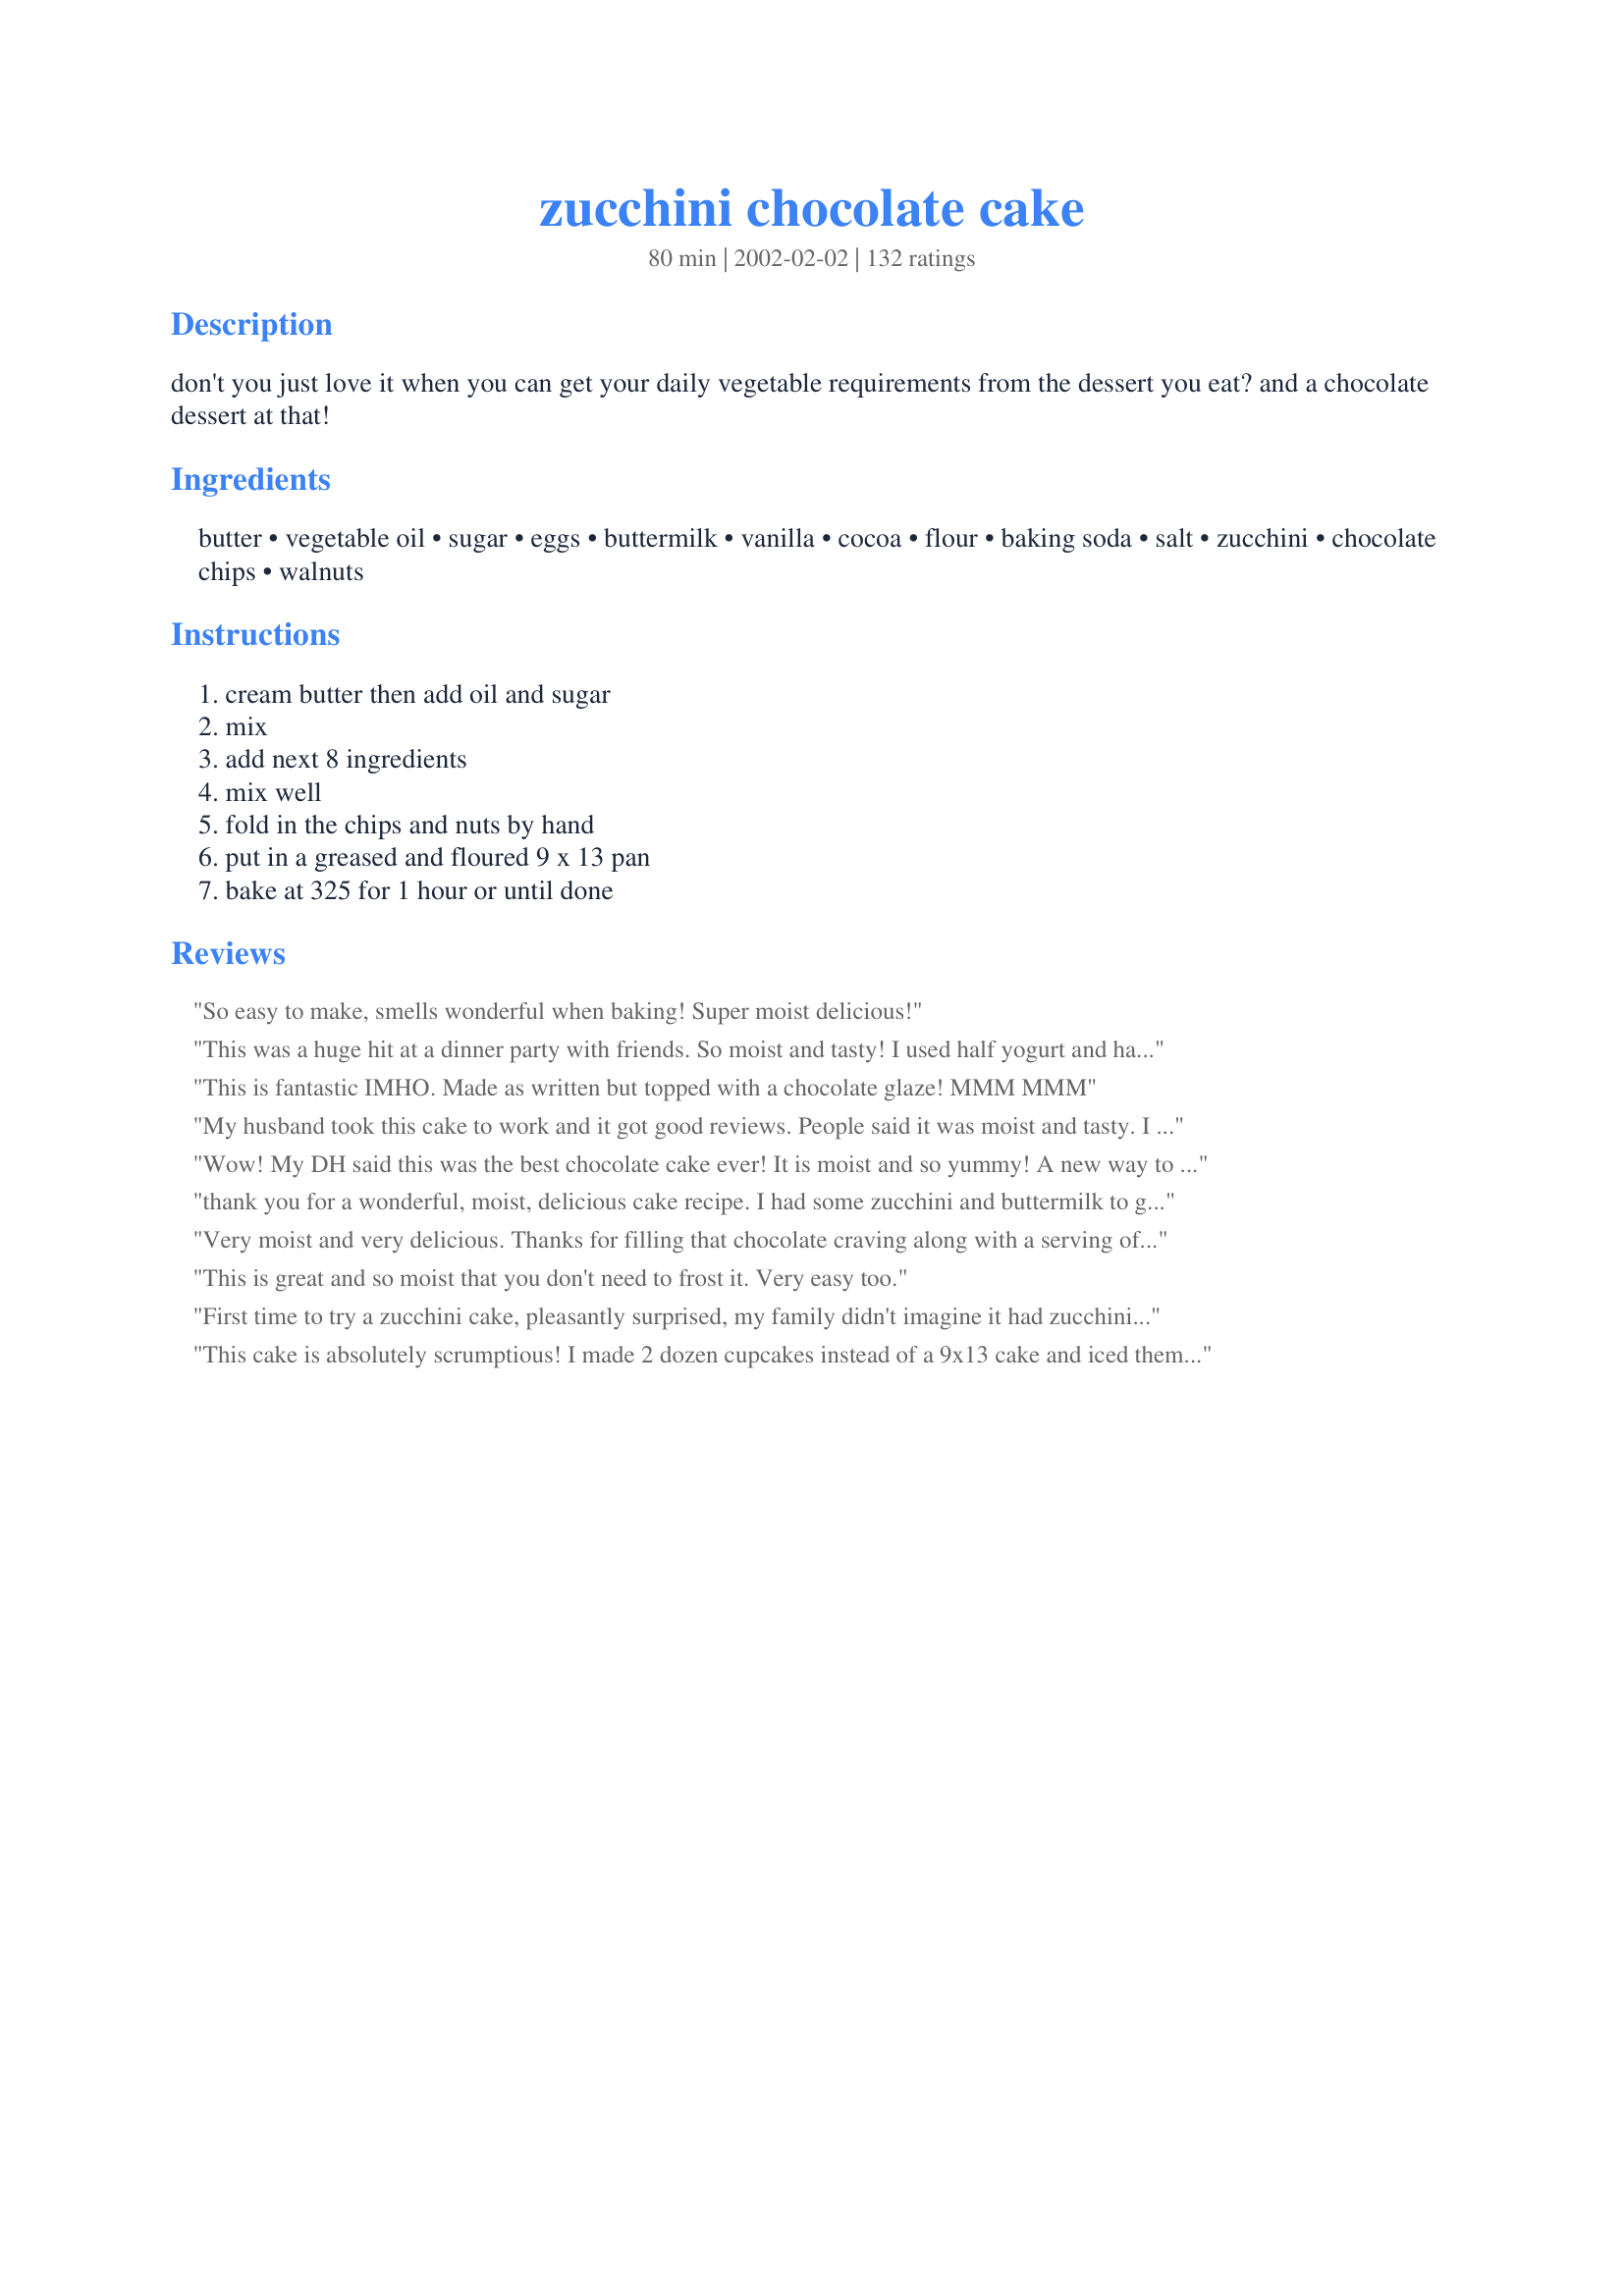
zucchini chocolate cake
Preparation time: 80 minutes

don't you just love it when you can get your daily vegetable requirements from the dessert you eat? and a chocolate dessert at that!

Ingredients:
butter, vegetable oil, sugar, eggs, buttermilk, vanilla, cocoa, flour, baking soda, salt, zucchini, chocolate chips, walnuts

Steps:
cream butter then add oil and sugar, mix, add next 8 ingredients, mix well, fold in the chips and nuts by hand, put in a greased and floured 9 x 13 pan, bake at 325 for 1 hour or until done

Reviews:
So easy to make, smells wonderful when baking! Super moist delicious!
This was a huge hit at a dinner party with friends. So moist and tasty! I used half yogurt and half milk, as I did not have buttermilk. Definitely a keeper! I don't know why I can't get the stars to work, this is worth 5 stars, at least!!
This is fantastic IMHO. Made as written but topped with a chocolate glaze! MMM MMM
My husband took this cake to work and it got good reviews. People said it was moist and tasty. I think it could probably use more cocoa, however.
Wow! My DH said this was the best chocolate cake ever! It is moist and so yummy! A new way to get veggies into my family. I don't feel as bad about treats when they have zucchini in them!
thank you for a wonderful, moist, delicious cake recipe. I had some zucchini and buttermilk to get rid of; this was a great way to do it.
Mary
Very moist and very delicious. Thanks for filling that chocolate craving along with a serving of veggies!
This is great and so moist that you don't need to frost it. Very easy too.
First time to try a zucchini cake, pleasantly surprised, my family didn't imagine it had zucchini in it, great to enjoy a treat without the guilt. Thanks a lot for sharing this one
This cake is absolutely scrumptious! I made 2 dozen cupcakes instead of a 9x13 cake and iced them with chocolate crm. cheese frosting (see my recipe if you'd like) and garnished them with chopped walnuts. My 5 year old loved them and I felt good knowing he's getting veggies!
I add cinnamon and replace the butter and oil with aplesauce. Just fantastic.
This was just ok for me... It seemed dense and dry.. I did make a couple of changes. Added another 1/4 cup of cocoa powder and sub applesauce for the oil. I also did not add nuts. I don't know if that is what made it dry since a lot of the other reviews said theirs came out moist but I probably won't make it again
Kids got a free baseball bat-sized zucchini and wanted zucchini chocolate cake. This was excellent. Left the nuts out and frosted with chocolate frosting.
This is a fantastic cake. I cooked two for work and everyone loved it and I found it hard to stay away from myself. I used apple sauce instead of the oil and it worked a treat. Thanks for sharing this recipe. It's one I'll use often
I followed the recipe exactly and the cake turned out very bitter. Also, I did not appreciated the view of green pieces of zucchini in my cake.
Belated ranking from Sept/02 but had lots stars posted all over it so definitely a keeper.
YES!! (pumping fist)
this cake was wonderful.Followed recipe just as posted and made 2 cakes. I frosted one with chocolate cream cheese frosting and left the other plain. both cakes were gone in 2 days. My 15 yr. old son hates any green vegetable so I didn't tell him there was zucchini in this cake. he took some to his friends house and between them I think they ate half the cake I did tell him later it was zucchini cake ...
My kids and husband are eating vegetables, and asking for seconds, does it get any better than that? I served with ganache, and it was delicious. Thanks!
It's even better than how everyone has described it! ;) Thank you.
I made this this morning and it was gone by supper time. I used applesauce in place of the oil and used milk chocolate chips. I left out the nuts as my family does not care for them in cakes. This is almost too easy to make. It is rich and moist. I baked in my convection oven and it was done about 36 minutes. Thanks for the recipe.
Super moist and oh so good. I made it just as the recipe stated except for the walnuts. My family does not care for walnuts. The 2nd time I made it, I used applesauce instead od the oil. UUUMMM Good. No need for icing on this cake. This recipe is a keeper. Thanks for a great recipe and another way to use up the Zucchini.
I followed the directions and baked it for 1 hour, but I thought it was on the dry side and just OK. Sorry!
It is a simple recipe and it turned up really good. My 19 months old had 4 of them before before to bed and I bake them in mini muffins tray.
This was great! Just like how my mom made it for us in my childhood. Thanks for the easy & yummy recipe!!
Yum! Moist & delicious--and not too sweet. Be sure to grease the pan, though. We'll make this one again.
Loved it! I didn't change a thing and there isn't even one little piece left! Thanks!
This was great! I was looking for a new recipe to use up zucchini and needed to make a dish for a potluck. This was just the thing. It was gone in no time. Since then, I've made it 2 more times, each time it disappears quickly. Thanks for a good recipe.
This is a keeper...for sure! I took the advice of others and used applesauce and 1 TBSP of oil. I used buttermilk with mine also. The cake is very moist. I did squeeze out as much liquid as possible from the zucchini after I shredded it. You really can't tell there is zucchini in the cake. It's very good. I was tempted to put an entire bag of chocolate chips in the mix but I followed the recipe and was glad I did. It's just the right amount of chips! Can't wait to make this for my vegetarian grandkids!
Good but a little dry to me. I did love the chocolate chips! I actually think these would be good as a muffin.
I made this cake months ago and never reviewed it. It was delicious my only complaint was with the frosting I made for the top. Next time I will try frosting that is a tad less sweet or maybe no frosting at all
This is an excellent recipe. I make it for my kids to sneak in extra veggies. I usually do not add the choc chips or nuts, just top with a little whipped cream. 
They love it !!
My husband was hankerin' for a piece of chocolate cake so I whipped this one up for him. He never knew that I put zucchini in it! I did put a chocolate frosting on it(sweet tooth). Thanks for a yummy cake!
Out of all the Zucchini Chocolate Cake recipes, this was the one I chose and I'm glad I did (and so was my husband). Very good, moist cake. I changed a few things: first spray & flour the pan, whenever a cake mix asks for oil I liquify the same amount of bananas, in this case I used 3/4 cup bananas plus 1/4 cup oil. Could use 50/50.(Try it, you'll be glad you did)also used 3 eggs because I had so many, and I used whole wheat and unbleached flour combined. Thank you for this recipe, will make it again. Vicky P.
Wonderful. Very moist. Some of my chocolate chips sank to the bottom of the pan, but it did not matter (I'd put in about twice what the recipe called for!). I was worried b/c the only buttermilk I could find was non-fat, but it worked out fine. Definitely a keeper recipe! Thanks so much.
Easy and delicious! My other half could not stop eating it......I only told him afterwards that it contained zucchini!!! (He's not usually one for mixing "vegetables with sweet things"!!)
This was good. The zucchini gave the flavor of the cake more depth than the avaerage chocolate cake and also helped to keep it moist. It was very dense.
Wonderful, moist, amazing! I had a hard time stopping at 3/4 cup chocolate chips, and decided to just add the whole bag - it was wonderful! It's actually better once it has cooled and the chocolate chips had solidified again. Also, MILK chocolate chips are a must - semi-sweet just doesn't do this cake justice! Thanks for a wonderful recipe I will be making again and again!
This cake is the best! I used applesauce instead of oil and made buttermilk with the vinegar and milk trick!
Delicious and will make again soon with all the zucchini I have this year!
This is a keeper. Omitted the nuts. I used grapeseed oil and used half milk and half yogurt instead of the buttermilk. Very moist and super delicious.
This surely worth trying! LOVE, LOVE, LOVE this cake! I've made it once and am getting ready to make it again!
Chocoalte cake with veggies....got to be good!!! Once the courgettes were finely grated the kids could'nt tell they were there!!! excellent results!
This is now My Favorite chocolate cake. I have tons of zucchini this year and I am gonna shread some up and put in the freezer just to have this cake all year round!!! I use vanilla pudding that is made with heavy wipping cream instead of milk! It is the PERFECT frosting for this!!!
Thank you for this AWESOME RECIPE!!!
Very, very good. This cake was moist and just the right amount of sweet. I added a cup of coconut and used pecans because I was out of walnuts. Next time, I will add frosting and this will be a nice version of German chocolate cake. Thanks for the great recipe!
My mom requested we try this for her birthday. I followed the recipe except for subbing in mini chips and leaving out the nuts. It was done in 56 minutes. It was moist, delicious, and everyone loved it. Thanks for this great recipe!!
Good snack cake. I didn't frost it, just sprinkled a little powdered sugar over the top. I used my 10" springform pan and it was just enough. Any smaller and we would have had disaster! I replaced the oil with applesauce, but kept the butter. I also used a touch more cocoa, but just because I wanted to use up the container. I didn't use nuts, so I sprinkled a few white chips in with the chocolate ones. It came out very nicely. The family was split on how they rated it. The men in the family gave this 10 plus stars. 2 of the girls gave it a yuck, and 2 of the girls gave it a 4. So it's got a 4. Thanks! :)
Made the correction of 3/4 cup cocoa and left out the chocolate chips and nuts. I also used palm sugar to make it healthier. I'm glad I greatly increased the cocoa was dark and delicious!<br/>Everything else was great very moist and lovely!!
I've made this cake twice in the past few days, and enjoyed by everyone that tried it. I halved the recipe and baked it in a 9" round pan. This took about 45 minutes to bake. As others have done, I replaced most of the oil with unsweetened apple sauce and for the buttermilk I had to mix milk and lemon juice, but these changes didn't affect the cake.
I like Zucchini bread/muffins so I thought I would try Chocolate. I made cup cakes. My husband & I didn't think it was anything special. My 1 year old like it I let him eat part of one minus the chocolate chips since in all of them the choc-chips fell to the bottom & were stuck to the wraper. It tasted to much like Zucchini which in a choclate cup cake wasn't a good thing to us. It would have been better if the choclate chips stayed in the middle. I brought them to my work since we didn't like them a couple people had one & said they were good but no one went for a 2nd & several days later they are still in my work fridge.
This is an excellent moist cake. I made it with chocolate chips but omitted the walnuts because some family members don't like them. I used a chocolate butter cream icing for the top. I trucked it 4 1/2 hours away from home and kept it in the fridge for two days till all the family members could be together for my mom's birthday. The cake was so moist and delicious, even my brother who hates everything and has to make some comment on what should be different was too busy stuffing his mouth with another piece of cake. An old friend used to make a chocolate zucchini cake that I would love to get a hold of her recipe from one of her family members, but this cake is a definate keeper for me and will be made again with the abundance of zucs coming shortly. Thank you!!
This was a very good zucchini cake. I frosted it with a texas brownie frosting, which went really well!
Wonderfully moist and very easy to make! This one is stored for keeping in my cookbook for future! Thanks for posting.
The moistest zucchini cake I have ever eaten! Just excellent. Thanks for sharing it! I used olive oil for a healthier cake and you never knew it was in there! Yummy!!!
Loved it...couldn't keep out of it;) Even my picky kids (husband included) loved it. Easy to make...turns out sinfully chocolate, moist cake..kept for close to a week without drying out. Didn't add the nuts either
Will be making again and again...Thanks~especially when I was getting tired of eating zucchini!
Just made this recipe for a friend&#039;s birthday! I made a few substitutions and made them as cupcakes (bake for 20-25 minutes) but this recipe was SO moist and delicious. I doubled the cocoa as per another users suggestion and used cake/pastry flour, coconut oil instead of vegetable, sugar and agave syrup, egg whites instead of eggs, and white and dark chocolate chips. Literally so goooooood. Must try!

1?2 cup butter
1?2 cup COCONUT oil
ONE cup sugar
ONE cup AGAVE SYRUP
4 EGG WHITES (1/2 cup)
1?2 cup buttermilk
1 teaspoon vanilla
HALF cup cocoa
2 1?2 cups CAKE/PASTRY FLOUR
1 teaspoon baking soda
1 teaspoon salt
2 cups zucchini, grated
1/2 cup DARK CHOCOLATE WAFERS
1/2 cup WHITE CHOCOLATE WAFERS
ONE cup walnuts
Yummy, Yummy, Yummy!
I followed the directions with the exception of buttermilk.Substituted with half and half. Thank you for an exceptionally great recipe.
Great flavor! I changed the cocoa to 1/2 cup, otherwise I followed the recipe. I made it in a bundt pan. I thought it was a little dry. I will be remaking it today in a 9x13 pan. I was thinking of substituting the butter for oil to see if that will make it more moist.
Great recipe. I just googled zucchini cake 13x9 and this one popped up. I only cooked for 50 min. If I'd cooked it for the full hour it would have been dry. As it, it is delicious and moist! Just because it is our &quot;taste&quot; I added 1 1/2 tsp cinnamon and 1/2 t nutmeg. No frosting, it's moist and hubby prefers peanut butter on the top anyway.
This is delicious! I subbed apple sauce for the vegetable oil and used only 1/4 cup of mini chocolate chips to cut down on the fat content. It was still moist, chocolatey and delicious! Thanks for the great recipe!
What! ZUCCHINI? That was the big question from all the kids that were eating this cake. This was a real treat, I am so happy that I came across this recipe. This cake was unbelievably moist, and extremely tasty. And to add a plus with all the other pluses I was able to get rid of the last of the zucchini I had.
Made it twice already this zucchini season - 'nuff said!
DELICIOUS! I made this for a friend for her birthday and I put chocolate frosting on it. Those of us at the party decided that the cake is delicious without the frosting , so moist and yummy. The second time I made it I melted chocolate and drizzled it over the cake and I have to say , it was PERFECT. I will make this cake over an over again .
ahh TOO GOOD! I ate half the cake... I must resist from making this again or else next time I'll definitely eat the whole thing...
thanks for the recipe!
Wonderful!! I too was looking for ways to use up zucchini - this was perfect!! No one guessed that it has zucchini in it - and the chocolate chip & walnut topping is fantastic! Very moist and very easy!!! Thanks for the great recipe!!
I followed the directions exactly but it came out a tad dry. Maybe it's my cheap electric oven? I've never been a great baker, my sister swears it's my oven. Nevertheless, everyone had seconds! Thanks!
Best. Cake. Ever.
Great chocolate cake! To good to resist, only if it were fat and calorie free! Wonderful way to get your veggies and satisfy the sweet tooth!
This turned out fantastic!!! I used coconut oil instead of the vegetable oil, but kept everything else according to the recipe, and it is just mind-blowingly delicious! A perfect way to use up some of the garden bounty! Thanks!
This ia a great cake! I used regular milk, left out the nuts and baked it in a bundt pan. Topped it with canned vanilla frosting and even my 9 year-old, who does not eat veggies, raved about it. Best with a big glass of cold milk!!!
I just used a recipe almost exactly like this from an old church cookbook. Only difference was mine didn't have the chocolate chips. You can leave them out and only cook the cake for 45 minutes. I did notice that mine was pretty crumbly. I patted dry my zucchini and that may be why. Great way to use up zucchini!! Kids loved it. Awesome it doesn't even need frosting, makes a great snack cake.
Fabulous! Everyone (including the kids) that had some loved it!
Absolutely delicious! Making it now for the second time, although this time trying it in a bundt pan so it will be more attractive.
What a delicious way to eat zucchini. I used applesauce in place of the butter to reduce the fat a little bit. I doubled the cocoa because I wanted it extra chocolaty, and added 1 tsp. cinnamon just to make it interesting. I also made it into mini muffins. Everyone loved them.
SOOOO good. I have added apple sauce and bananas in place pf the oil and find that the applesauce makes for a heavier moister cake (which I prefer). The only problem with this cake is how addictive it is!
The best chocolate cake ever!! I used the applesauce for oil substitute and left in the butter. Moist, rich and oh so chocolatey! UPDATE: I've made this many times using a gluten-free flour mix so my celiac stepdaughter can have it. It's just as good as the original recipe; in fact, some of the family prefer the smoother texture from the GF flour. Either way, this recipe's a winner!
Excellent - super easy, great flavor and moist texture. Thanks for sharing, CharlotteJ!
I made small bundt cakes and a large bundt cake with this recipe using silicon molds that I lightly floured. Came out awsome! Everyone loved the recipe and was begging for more. Definatly a keep that I will be making again. Added the pic but wasn't sure if it bumped the other pic. Wasn't trying to do that if it happens. I was hoping it would just be an addition. The pic I added was of the smaller bundt cake size. :-)
My family devoured this entire cake in two days! They never usually finish a desert. I never did mention the zucchini to my children and my husband was surprised when I told him after finishing the cake. It was moist and rich. Thanks for the great recipe!
Yummy and Chocolaty!! I have been making this cake for about a year. I bring it to almost every potluck I attend. It gets eaten up so fast that my family never gets to have any.
Excellent cake!
People were doubtful when they heard it was a zucchini cake, but then devoured it in seconds. 
Very easy also, save all that grating. Oh, for a food processer.
This is fabulous! I discovered this recipe 3 weeks ago and have made it three times. I've used both regular and mini chocolate chips - both yummy. I've also subbed in applesauce (1/2 a cup) and cut down the butter/oil combo by half (so only use 1/4 cup each) and there was no difference in taste and still results in a moist cake. You can do this to pretty much any recipe old or new that calls for a lot of oil or butter. I've served it by sprinkling icing sugar on the top and my family l-o-v-e-s it!!
Man, oh man! Exceptionally moist. I substituted applesauce for the oil (left in the butter)and greased the pan for baking. My 6-year old added ingredients in no particular order and it still turned out fantastic! I'll never use another recipe for this cake!
Dry &amp; chewy
As most gardeners, I had an abundance of large zucchini this summer and found this a great way to use it. I've made this about five times with rave reviews from those who've tried it. I usually add a tablespoon of instant espresso crystals to boost the chocolate flavor. The last time I made a couple of substitutions to increase the nutritional value. I substituted 1/2 cup of ground almond meal for 1/2 cup of flour and added 4 tablespoons of soy protein power. There was little difference in the finished cake - still delicious.
Really yummy!! My whole family gobbled it down and never knew it had zucchini in it. :) I made it in a bundt pan and cooked it the same amount of time. I melted some white icing and poured it over the top as a glaze. That was really tasty. Thanks for a great way to use up some zucchini I had laying around!
Charlie - Fantastic cake!!! Not a single person who tasted it, could tell that zucchini was an ingredient. You could ice it, but it stood on its own, without it.
AWESOME!! I have an abundance of zucchini and this is one of the 2 best ways to use it all up! (Other is the recipe for canned zucchini salsa on here!) To Die For!!
Very nice recipe and a good excuse to plant more zucchini plants :P I was sceptical at first(veggies in cake?) but this became a quick favorite. Very rich.
What a delicious cake! This is super moist even using the 1 tbsp oil/1/2 cup applesauce substitution. I kept the rest the same. I hope my neighbors like it at our Block Party today!
Very good and moist. Great flavor. I added pecans instead. Will make again. Even the grand-kids like this cake.
Yum! I love this wonderful
zuccini chocolate cake!
This is the second time I&#039;ve made this recipe. It is so good! I did double the cocoa and I used dark chocolate chips, mmmmmmm.... delicious!
I made exactly as posted and everyone loved it! DS was skeptical of the zucchini, and was surprised he couldn't tell it was there. This was very easy and turned out a great chocolaty, moist cake and was a great way to use up some zucchini! DD's wanted to know where the frosting was so I sprinkled theirs with powdered sugar and they came back for more and didn't want anything on top. A keeper for sure!
This was wonderful! I make muffins every week for my friends. This was a big hit! The zucchini just made it moist & wonderful. I will make this recipe again & it goes in my favorites. Thank you very much!
Love it!
A really great cake for any occasion. really moist and tasty. I used sour whipping cream instead of milk because that was all we had and it turned out great! thanks for another good recipe... I'll definitely use it again!
Made as directed adding 1 tsp of cloves to batter to give it a little spice. Cake was better the 2nd & 3rd day as it seemed to get moister. The cake was a little thinner than I'd hope for after baking, but I'm sure that's my fault after seeing the other pics. The flavor was good but didn't hit the spot like I thought it would.
Just had to add another 5 stars to this wonderful cake. Definitely a keeper!
We loved this cake! I used applesauce instead of oil and chopped snickers in lieu of the chips and nuts. To make it extra chocolatey I topped with a simple chocolate frosting. I will make this again, thanks
I made this cake several times this past summer. I took it to work and everyone kept requesting that I make it again. It is fantastic!!
I did make a change, due to what was on hand, and it was still very good. I used dried buttermilk which I always have in the pantry.
I did use dark chocolate chips. and when I took it out of the oven I put chocolate chips on the top, where they melted and I spread them around. I think this would also be good with powdered sugar sprinkled on top. Thanks for the nice recipe.
This cake was super moist and delicious! My husband said it was the best cake he's ever eaten! I used fresh zucchini I had just picked from our garden. I substituted 3/4 with light brown sugar. I topped it with 1/2 C of chocolate frosting, melted in the microwave, and while the cake and frosting were warm, I added more chocolate morsels and nuts.
"This really has zucchini in it" a quote from my husband. I don't particulary care for chocolate, but if I did I would probably weigh 500 pounds. I changed the oil content with 1/2 applesauce, used Splenda and only had milk chocolate chips, but this tastes like fudge. I added some cocoa powder to the flour when dusting the pan so it would not have a flour look when taken out of the pan. This is one of the best chocolate cakes I have ever tasted and healthy too.
One of my daycare families has brought me zucchini every day this week. What to do with it?? I found this recipe, and I'm ready for more!! 
I fed it to my daycare kids and they gobbled it right up. I love that there are veggies in it, hidden in the form of cake. Heehee. Granted there's also butter, sugar, etc.. but still. I followed directions exactly as written. Sprinkled powdered sugar on top, and viola! Yummy treat. Thanks for the great zucchini recipe!
My zucchini is coming in and is out of control made this yesterday. What a great and moist cake never would know there is zucchini in it for those who hold there nose up. The only change I made is instead of flour I used cocoa to dust the pan and used a bundt pan and drizzles an icing on top.
Amazing!! Super moist and absolutely delicious. It also stays moist for several days, not that it lasted for days at my house. However too much cake was sent home with my inlaws and I discovered it a few days later. I consider it unacceptable to let chocolate cake go uneated so I had to take a nibble and amazingly it was still very moist. Well of course my little nibble turned into devouring the rest of their uneated cake. Thanks for such a great recipe, I will definately make it often.
Great recipe. Very moist and flavor was great. Made into muffins, which I had a horrible time getting out of the muffin tins despite using my usual product which works great with other recipes. Will make again, next time with muffin tin liners!
Actually it was my daughter who made it, it was moist and delicious.
Excellent, moist cake and very good chocolate flavor. I only had mini semi sweet chocolate pieces on hand, so I stirred them & the walnuts into the batter - YUM! Will make this again & again, since I always seem to have an abundance of zucchini from the garden. Thanks for posting!
-M :-)
This recipe was great. I can not get my family to eat zucchini, but I was able to get them to try the chocolate cake. They admitted that it was really good. I took a piece to my parents and they said that you couldn't even tell that it had zucchini in it. The cake tasted like a delicious chocolate cake. It was a real hit!!
I am not a huge cake fan, but have way to much zucchini in my garden and needed another way to use them. This cake is wonderful!!!! The entire family (including me) can't get enough of it. The kids don't like nuts so that is the only change I made. Thanks for a great recipe.
wow this is a great cake however I thought it could use a little more sweet so I added the cream chz icing recipe# 25779 and it was fantastic!!
So good. I've never been a real fan of chocolate cake, and I think it is because of the texture. When I ask my family what kind of cake they want that ALWAYS say chocolate- groan. I love carrot cake so I thought I'd give a vegetable chocolate cake a try - sure glad I did. This recipe makes 24 little cupcakes (that's how my 3 year old likes his cake). He always complains when he sees me add the zucchini, but strangely enough, once it is out of the oven he doesn't complain lol! The first time I added icing as it was for a birthday, but now I don't even do that. The addition of the chocolate chips give it the extra decadence, so icing isn't necessary. Thanks for the only chocolate cake I'll ever make again.
Amazingly moist & chocolatey! I will definitely be making this again. I used unsweetened apple sauce instead of oil (I only added 1 tablespoon of oil), and used small semi-sweet chocolate chips which gave just the right amount of decadence and gooeyness, and didn't sink to the bottom. Make this cake - you won't regret it!
Made this into moist, delicious muffins. Didn't tell the fussy ones there was zucchini in them until they had finished and declared they delcious. This is a keeper.
Excellent cake - so moist and chocolatey! Everyone loved this and when I had them guess what the secret ingredient was, they couldn't do it. :) The only things I did differently was sub unsweetened applesauce for the oil, and I used semisweet chocolate chunks instead of chips. I sprinkled the nuts and chocolate on top of the cake before baking rather than mix them into the batter. I baked it in a Pyrex baking dish, and it took 53 minutes. I hope you like the picture - I wanted everyone to see this cake looks as good as it tastes. Thanks for the great recipe!!!
I made this recipe with my daughter and it turned out DELICIOUS! I noticed some people complained the cake turned out dry, but our cupcakes were moist and tasty. We used fresh grated zucchini (don't squeeze out the water,) and followed the recipe as written. I think that makes a huge difference on how the cake will turn out. We topped them with a thin layer of homemade cream cheese frosting and fresh whipped cream! Yum!
Amazing! I made a dark chocolate ganache to go with, but really, this cake is so good on its' own, just sprinkle some powdered sugar on top and you have a delicious treat! WONDERFUL!
Pretty good! We grew zucchini this year and I was searching for recipes to use it up. My cake came out a little dry. I'll try it with the applesauce next time.
Great! I followed the recipe exact as directed. Very easy to make. Turned out wonderful. I did put cream cheese frosting on it. It was a very nice compliment to the cake. Thank you so much for sharing it.
I hate to add anything negative, but I was duped by this same recipe twice and thought it might be worth adding my two cents. I made this a few days ago and when I finished mixing the batter realized that I had made this very cake last year and had forgotten it was the same recipe. The recipe does not have enough cocoa in it to make it truely chocolately. It's a very light colored batter.... and not very chocolately cake either. 1/4 cup wasn't even close. I tried to add a little at the end when I realized it, but it was too little too late. If you are looking for a nice dark chocolate zucchini cake/bread, this one may leave you wanting more... it needs a LOT more cocoa. Sorry!
We loved this cake, and make it all the time. I freeze individual pieces, and then we can pull one out to take for lunch whenever we want. I use 1/2 sugar/splenda, and also applesauce for the oil. The chips do seems to sink to the bottom, so I will try the mini chips next time. Love it though!
I love when I find a recipe that can be made as is and it turns out perfect! This makes a nice, thick batter that spread nicely into my 9x13, was done baking at exactly 1 hour, and tasted wonderful. We had a hard time letting it cool, it smelled so good. The cake was moist with a good crumb and had a rich chocolate flavor. If I were to change anything (and I don't know that I will) it would be to cut back the sugar to 1 1/4 or 1 1/2 cup, we don't eat many sweets and this came across sweeter than we are used to.
This was delicious and moist - a great hideout for zucchini. The kids loved it too! Thanks!
Thanks so much, Charlotte J, for the fantastic recipe! I did what another poster suggested and substituted 1/2c. apple sauce & 1T oil for the veggie oil.

There was so much batter, I made one sheet cake and had enough left over for a small round cake. The sheet cake went almost instantly. It was so delicious all on it's own. For the small round cake - I had guests over and topped it with as many different types of berries that I could find. Added loads of fresh whipped cream. Drizzled a tiny bit of honey over the whole thing - and Oh YEAH!!! Messy but delicious!
This was delicious! I followed the recipe exactly, except I had no nuts or choc chips. It tastes so moist and chocolatey. YUM! Thanks for this really great recipe.
Wow! Fantastic cake!!! We all huddled around the pan after it cooled and the best afternoon snack ever! Thank you so much for this wholesome dessert.
This is a winner! Very moist and chocolatey... 5 stars all the way! I didn't have buttermilk so I used 2% and I didn't think it hurt the recipe at all. I also subbed a small mashed banana (with a small splash of oil to make 1/2 cup) for the 1/2 cup of veggie oil. My daughter loves it! (Of course w/o knowing there is zucchini in it ;) Thanks for this fabulous recipe!!
This is probably the best zucchini cake I've ever made. Very light and flavorful. I followed the recipe except for the following: I used home-grown light green Italian zucchini (it doesn't have the moisture of store-bought dark green zucchini but it didn't alter the outcome except that I need to grate it a little finer next time). Used three eggs (the eggs I had didn't look all that large.) Instead of chocolate chips, I chopped up a dark chocolate bar and sprinkled it over the top. Substituted a cup of pecans for the walnuts.
Made this yesterday and they are great!! I like that I can have a healthier dessert and get an extra serving of veggies. I made mine into cupcakes (grab and go snack) and they turned out perfect. Moist and tender! I used mini chips and pecans and got great results!! Thanks
Delicious and moist! I used applesauce instead of the oil and reduced the sugar to 1 1/2 cups. It was still sinfully delicious two days later. My family thought zucchini cake sounded like a crazy way to ruin a cake - but they loved it!! (And I found another way to use up my zucchini) Don't make it to get your vegetables though, since there's less than 1/8 cup zucchini per serving :-)
my non-vegetable eating son loved it. I would give you 5 stars for that alone - but the rest of us loved it too. Thank you!!!
